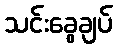
သင်းခွေချပ်